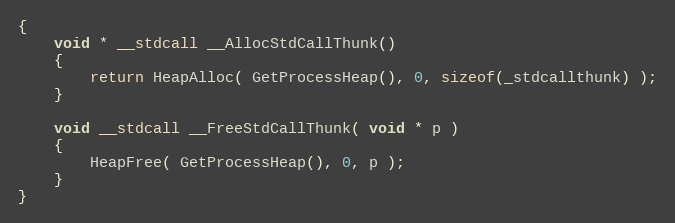
Language: C++
{
    void * __stdcall __AllocStdCallThunk()
    {
        return HeapAlloc( GetProcessHeap(), 0, sizeof(_stdcallthunk) );
    }

    void __stdcall __FreeStdCallThunk( void * p )
    {
        HeapFree( GetProcessHeap(), 0, p );
    }
}